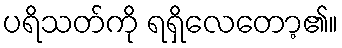
ပရိသတ်ကို ရရှိလေတော့၏။